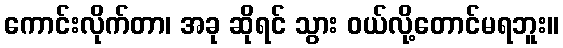
ကောင်းလိုက်တာ၊ အခု ဆိုရင် သွား ဝယ်လို့တောင်မရဘူး။